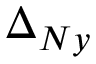
\Delta _ { N y }